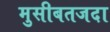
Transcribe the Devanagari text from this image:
मुसीबतजदा